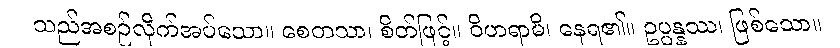
သည်အစဉ်လိုက်အပ်သော။ စေတသာ၊ စိတ်ဖြင့်။ ဝိဟရာမိ၊ နေရ၏။ ဥပ္ပန္နဿ၊ ဖြစ်သော။